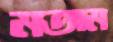
মতাম